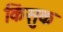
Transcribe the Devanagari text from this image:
किंसुक